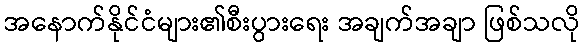
အနောက်နိုင်ငံများ၏စီးပွားရေး အချက်အချာ ဖြစ်သလို